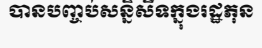
បានបញ្ចប់សន្និសីទក្នុងរដ្ឋភុន